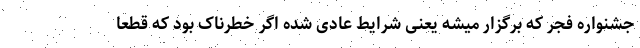
جشنواره فجر که برگزار میشه یعنی شرایط عادی شده اگر خطرناک بود که قطعا